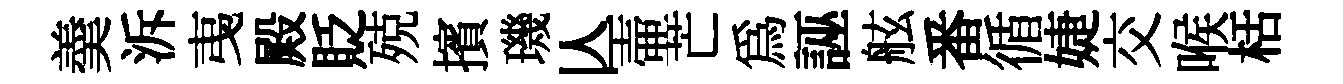
羮泝𢎯殿貶殑擯璣亾壷芒為誣舷番循婕交喉栝